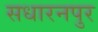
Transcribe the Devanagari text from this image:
सधारनपुर